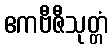
ဧကဗီဇီသုတ္တံ